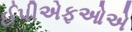
ઈપીએફઓએ